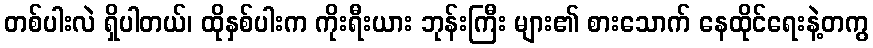
တစ်ပါးလဲ ရှိပါတယ်၊ ထိုနှစ်ပါးက ကိုးရီးယား ဘုန်းကြီး များ၏ စားသောက် နေထိုင်ရေးနဲ့တကွ